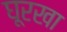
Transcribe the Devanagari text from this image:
घूरखा